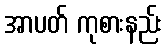
အာပတ် ကုစားနည်း